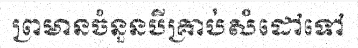
ព្រមានចំនួនបីគ្រាប់សំដៅទៅ